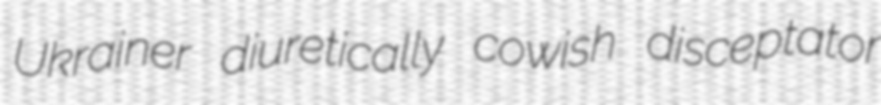
Ukrainer diuretically cowish disceptator